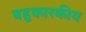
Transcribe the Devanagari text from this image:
बहुकारकीय